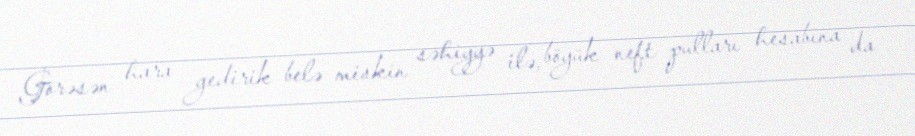
Görəsən hara gedirik belə miskin səhiyyə ilə, böyük neft pulları hesabına da